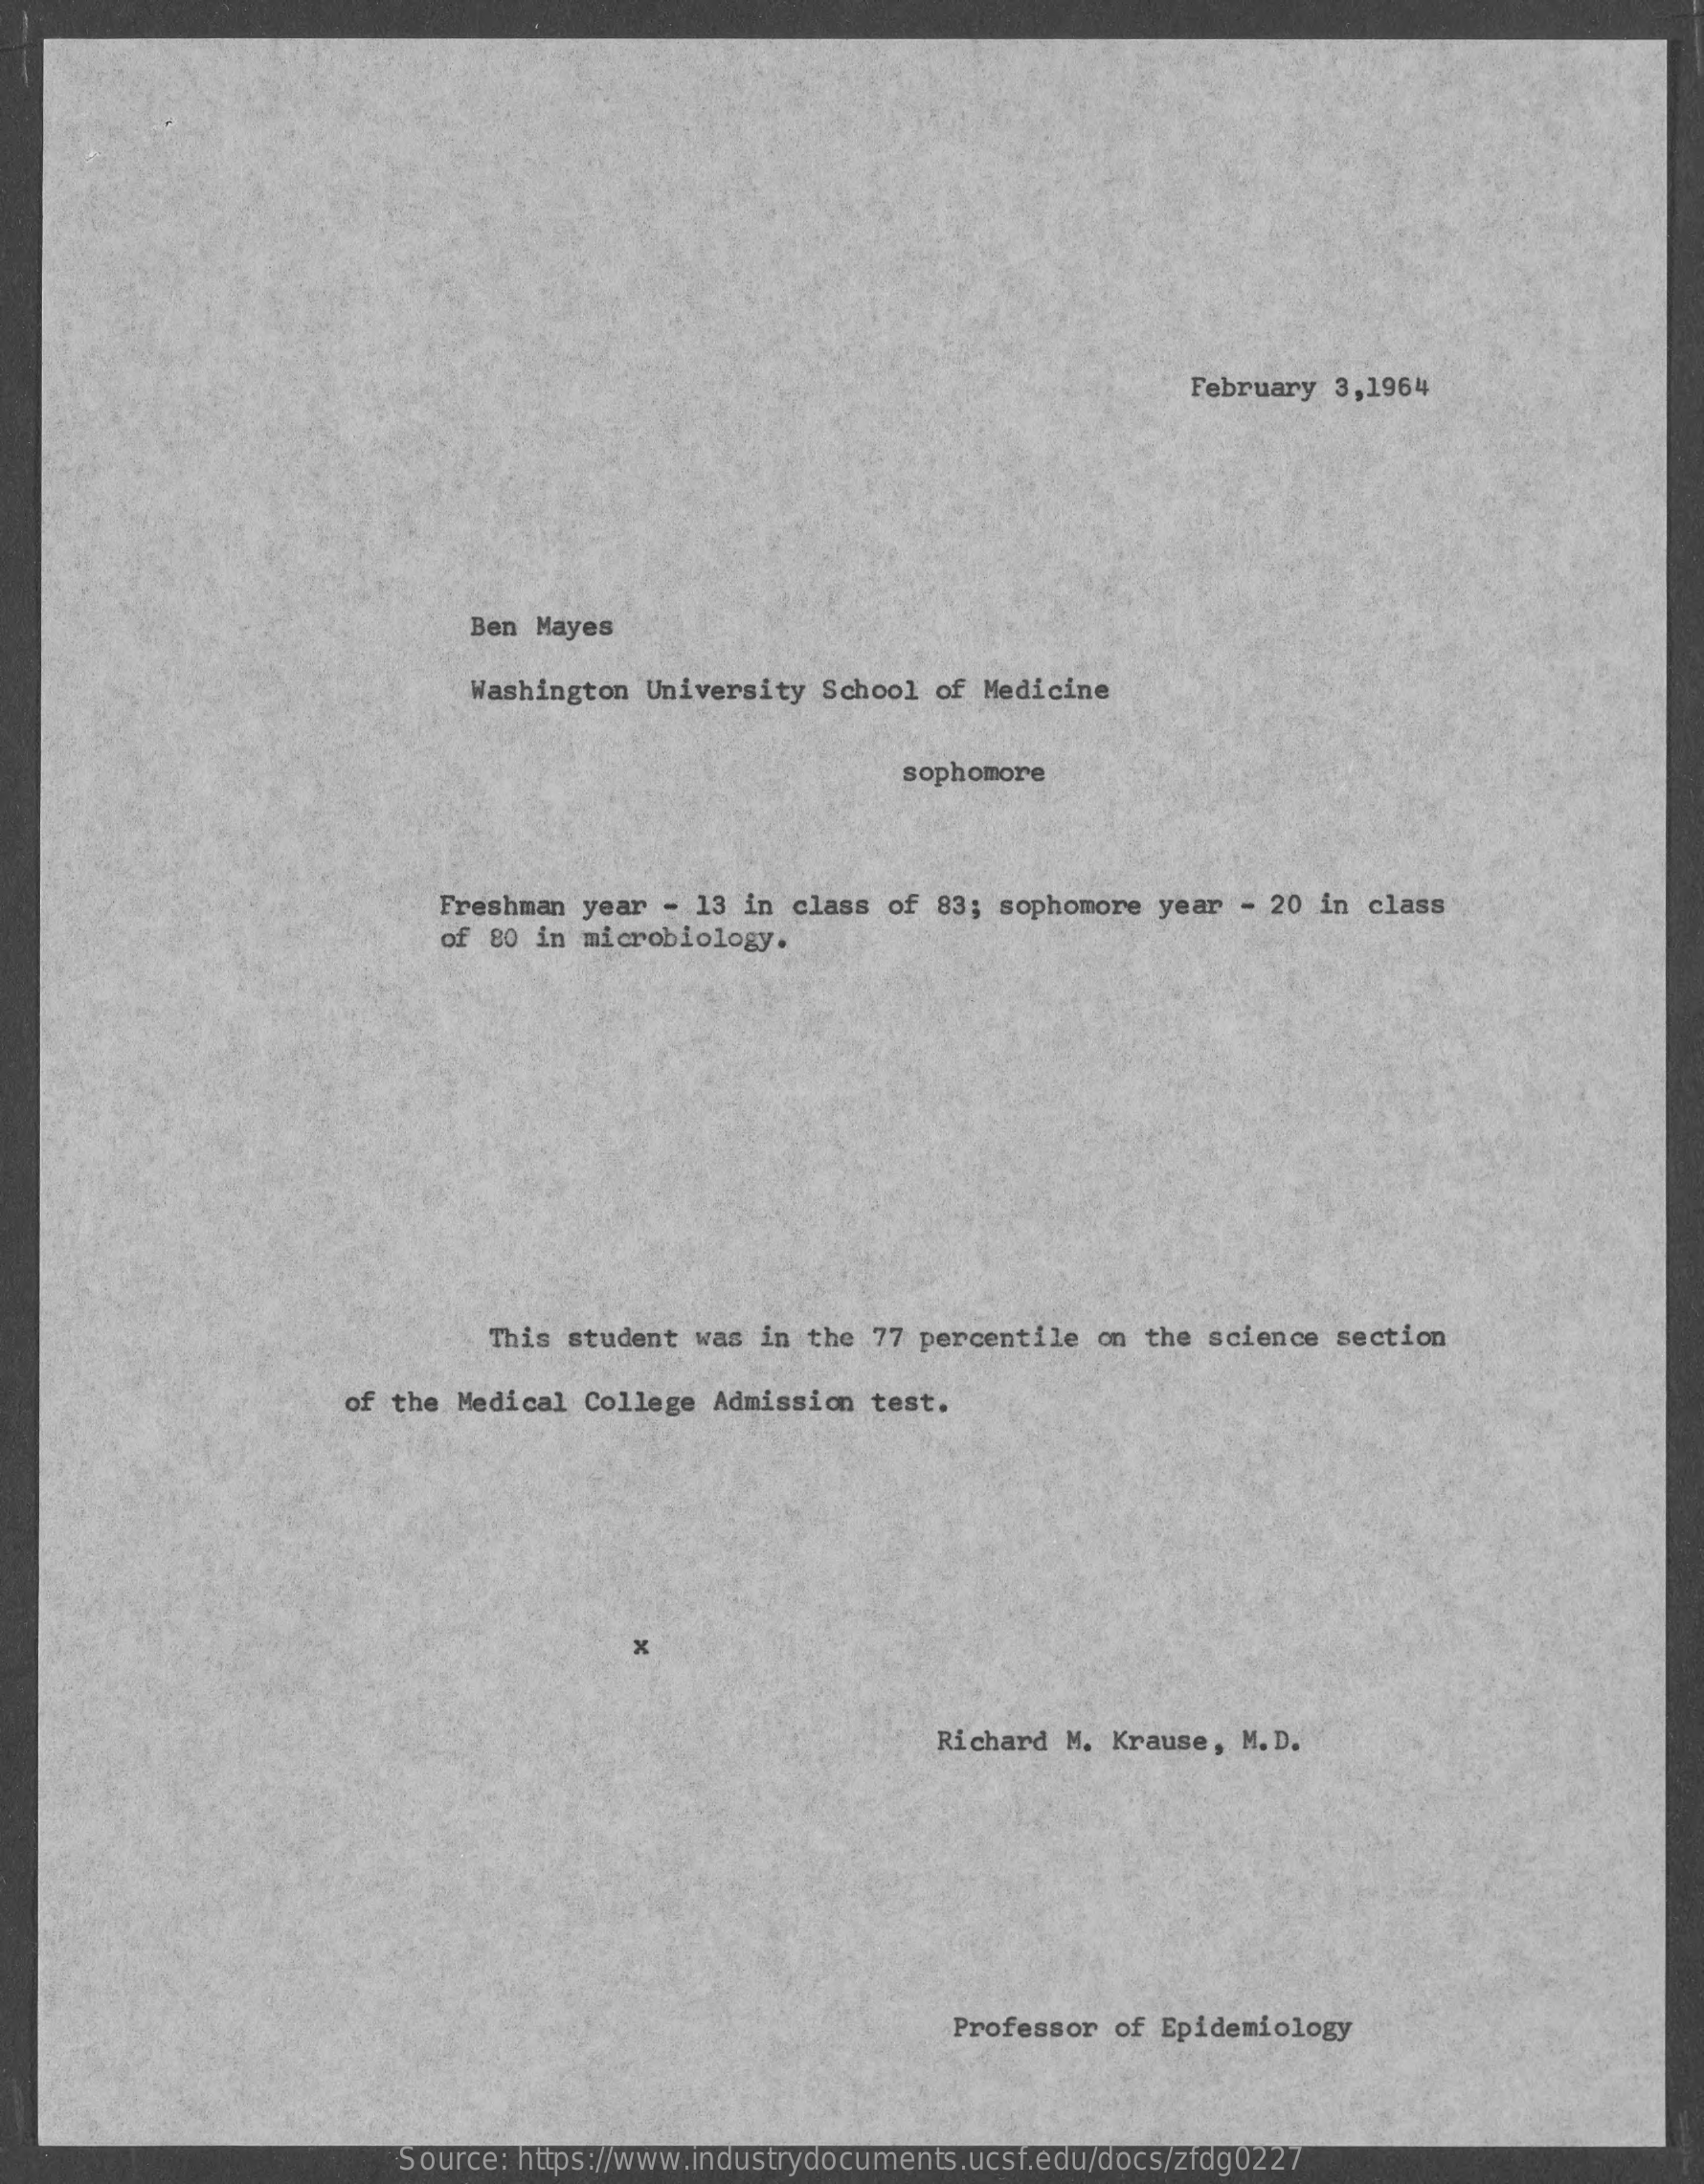
February 3,1964
     Ben Mayes
     Washington University  School of Medicine
     sophomore
     Freshman year -  13 in class of 83; sophomore  year - 20 in class
     of 80 in microbiology.
     This student  was in the 77 percentile  on the science section
     of the Medical College  Admission test.
     Richard  M. Krause, M. D.
     Professor  of Epidemiology
     Source: https://www.industrydocuments.ucsf.edu/docs/zfdg0227